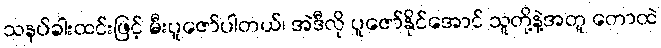
သနပ်ခါးထင်းဖြင့် မီးပူဇော်ပါတယ်၊ အဲဒီလို ပူဇော်နိုင်အောင် သူတို့နဲ့အတူ တောထဲ